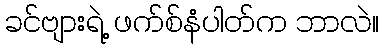
ခင်ဗျားရဲ့ ဖက်စ်နံပါတ်က ဘာလဲ။